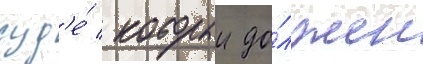
суд'е́ / которыи до́лжен